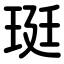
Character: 珽